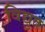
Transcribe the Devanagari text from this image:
विद्युत